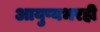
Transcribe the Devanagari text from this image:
आयुष्यभरही